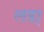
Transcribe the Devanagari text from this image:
लडा़